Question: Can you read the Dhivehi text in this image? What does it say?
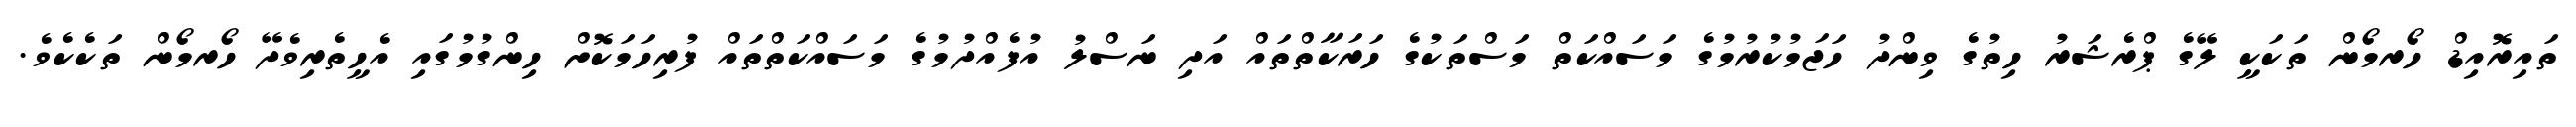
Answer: ތައިރޮއިޑް ހޯރމޯން ތަކަކީ ލޭގެ ޕްރެޝަރު ހިތުގެ ވިންދު ހަޖަމުކުރުމުގެ މަސައްކަތް މަސްތަކުގެ ހަރަކާތްތައް އަދި ނަސްލު އުފެއްދުމުގެ މަސައްކަތްތައް ފުރިހަމަކޮށް ހިންގުމުގައި އެހީތެރިވެދޭ ހޯރމޯން ތަކެކެވެ.